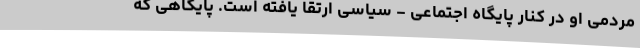
مردمی او در کنار پایگاه اجتماعی - سیاسی ارتقا یافته است. پایگاهی که